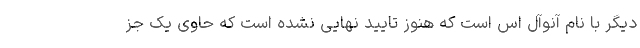
دیگر با نام آنوآل اس است که هنوز تایید نهایی نشده است که حاوی یک جز